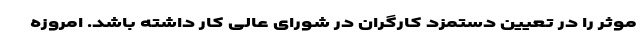
موثر را در تعیین دستمزد کارگران در شورای عالی کار داشته باشد. امروزه